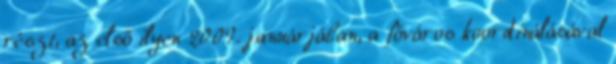
részt, az első ilyen 2009. januárjában, a főváros koordinálásával